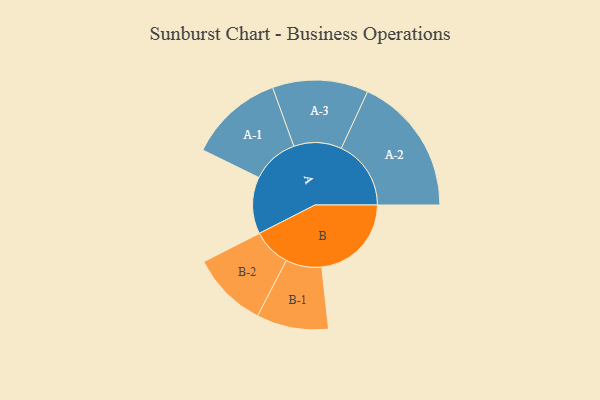
{"axis": {"x": "Segment", "y": "Value"}, "legend": ["", "A", "B"], "data": [{"x": "A", "y": 234, "type": ""}, {"x": "B", "y": 369, "type": ""}, {"x": "A-1", "y": 194, "type": "A"}, {"x": "A-2", "y": 287, "type": "A"}, {"x": "A-3", "y": 197, "type": "A"}, {"x": "B-1", "y": 148, "type": "B"}, {"x": "B-2", "y": 157, "type": "B"}]}